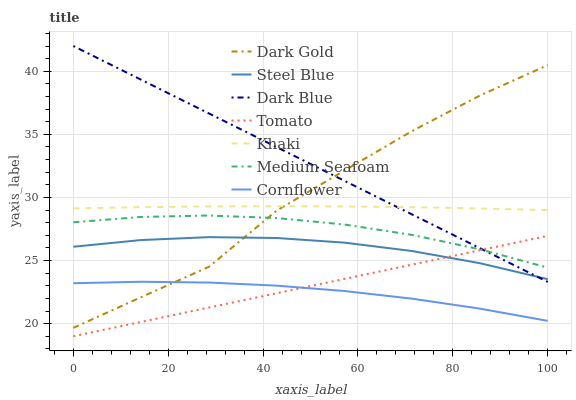
| xaxis_label | Dark Gold | Steel Blue | Dark Blue | Tomato | Khaki | Medium Seafoam | Cornflower |
 | --- | --- | --- | --- | --- | --- | --- | --- |
 | 0 | 19.7 | 26.1 | 42 | 19 | 29.1 | 28 | 23.2 |
 | 14.3 | 22.1 | 26.6 | 39.3 | 20.1 | 29.2 | 28.5 | 23.3 |
 | 28.6 | 24.5 | 26.9 | 36.7 | 21.3 | 29.3 | 28.6 | 23.3 |
 | 42.9 | 29 | 26.8 | 34 | 22.4 | 29.3 | 28.4 | 23 |
 | 57.1 | 32.1 | 26.4 | 31.3 | 23.5 | 29.3 | 27.9 | 22.6 |
 | 71.4 | 35.3 | 25.8 | 28.6 | 24.7 | 29.2 | 27 | 22 |
 | 85.7 | 38.1 | 24.8 | 26 | 25.8 | 29.1 | 25.9 | 21.2 |
 | 100 | 40.5 | 23.5 | 23.3 | 27 | 29 | 24.4 | 20.2 |